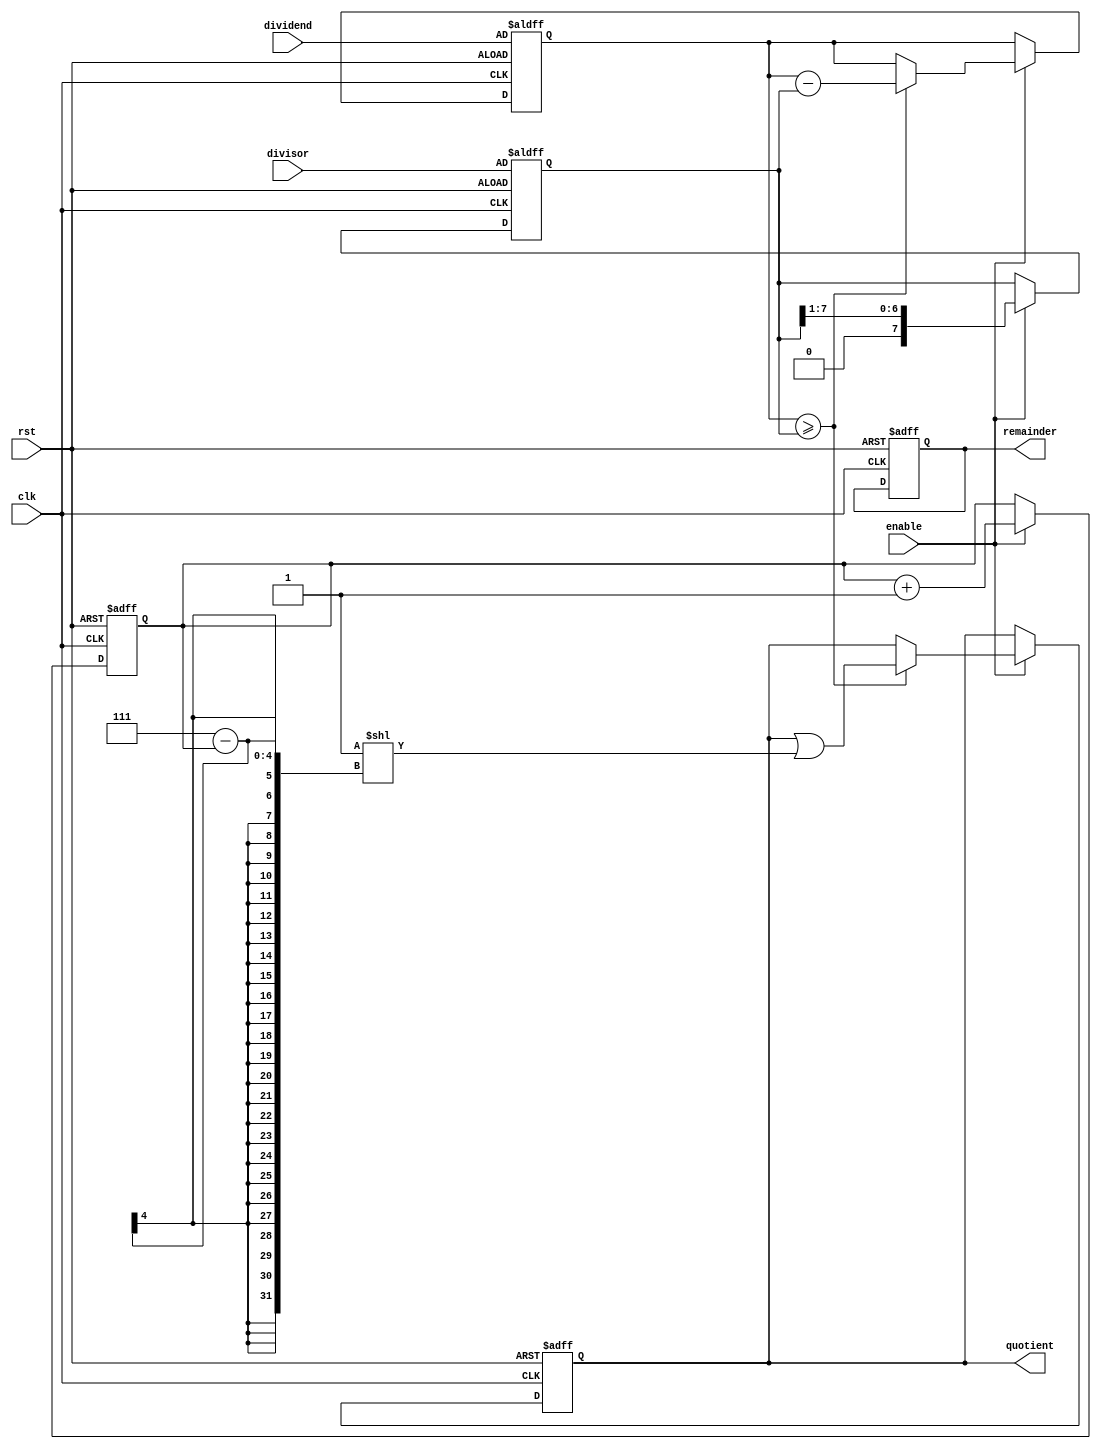
module BinaryDivider (
  input wire clk,
  input wire rst,
  input wire enable,
  input wire [7:0] dividend,
  input wire [7:0] divisor,
  output reg [7:0] quotient,
  output reg [7:0] remainder
);

reg [7:0] subtrahend;
reg [7:0] temp_remainder;
reg [3:0] count;

always @ (posedge clk or posedge rst)
begin
  if (rst)
  begin
    quotient <= 8'b0;
    remainder <= 8'b0;
    subtrahend <= divisor;
    temp_remainder <= dividend;
    count <= 4'b0;
  end
  else if (enable)
  begin
    if (temp_remainder >= subtrahend)
    begin
      temp_remainder <= temp_remainder - subtrahend;
      quotient <= quotient | (1 << (7 - count));
    end
    subtrahend <= subtrahend >> 1;
    count <= count + 1;
  end
end

endmodule